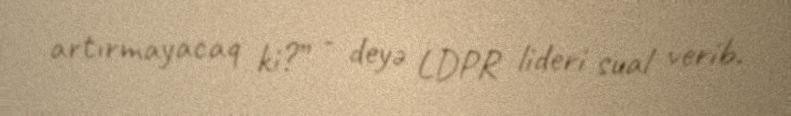
artırmayacaq ki?” - deyə LDPR lideri sual verib.